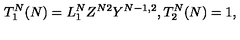
T _ { 1 } ^ { N } ( N ) = L _ { 1 } ^ { N } Z ^ { N 2 } Y ^ { N - 1 , 2 } , T _ { 2 } ^ { N } ( N ) = 1 ,